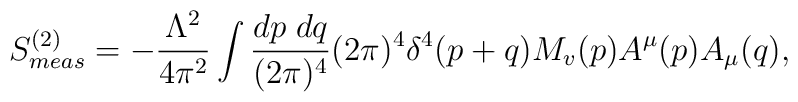
S_{meas}^{(2)}=-\frac{\Lambda^2}{4\pi^2}\int\frac{dp\;dq}{(2\pi)^4}(2\pi)^4\delta^4(p+q)M_v(p)A^\mu(p)A_\mu(q),